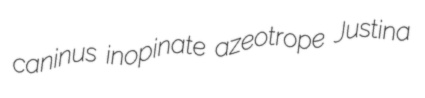
caninus inopinate azeotrope Justina